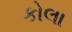
કોલા